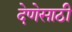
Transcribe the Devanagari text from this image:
देणेसाठी